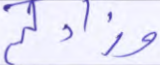
وزادكم